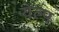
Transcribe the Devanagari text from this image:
येल्प